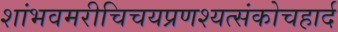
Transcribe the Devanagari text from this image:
शांभवमरीचिचयप्रणश्यत्संकोचहार्द